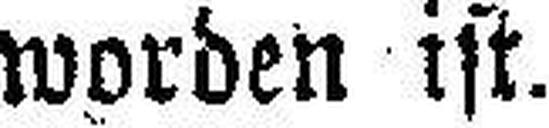
worden ist.